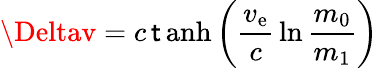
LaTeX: \Deltav=c\operatorname{\mathsf{t}anh}\left({\frac{{v_{\mathrm{{e}}}}}{{c}}}\ln{\frac{{m_{0}}}{{m_{1}}}}\right)